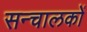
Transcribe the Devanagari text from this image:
सन्चालकों